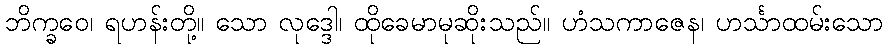
ဘိက္ခဝေ၊ ရဟန်းတို့။ သော လုဒ္ဒေါ၊ ထိုခေမာမုဆိုးသည်။ ဟံသကာဇေန၊ ဟင်္သာထမ်းသော